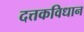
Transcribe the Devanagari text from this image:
दत्तकविधान